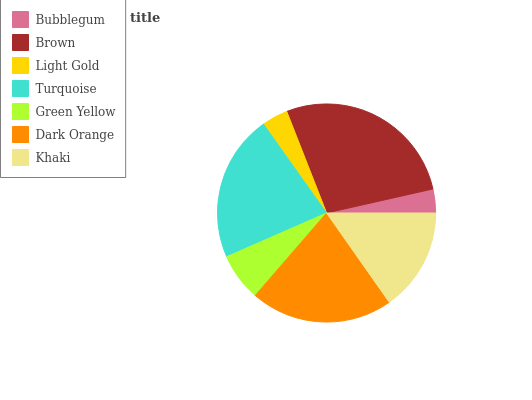
| Bubblegum | Brown | Light Gold | Turquoise | Green Yellow | Dark Orange | Khaki |
 | --- | --- | --- | --- | --- | --- | --- |
 | 3.53% | 27.3% | 3.88% | 21.8% | 7.09% | 21.1% | 15.2% |